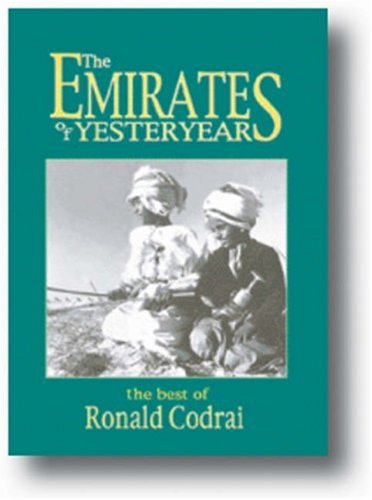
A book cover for The Emirates of Yesteryear; Ronald CODRAI; History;